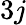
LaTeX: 3j